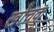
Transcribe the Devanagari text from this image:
खोचक